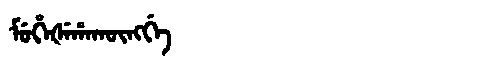
Manchu: ᠮᡠᡥᡝᡧᡝᡥᠠᡴᡡᠩᡤᡝ
Romanization: MUHEŠEHAKŪNGGE